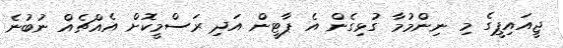
ޖީއައިޕީގެ މި ނިންމުމާ ގުޅިގެން އެ ޕާޓީން އަދި ރަސްމީކޮށް އެއްޗެއް ނުބުނެ